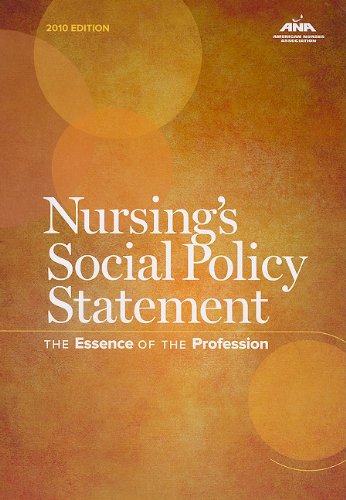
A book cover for Nursing's Social Policy Statement: The Essence of the Profession, 2010 Edition (American Nurses Association); Medical Books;